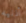
أذنيه